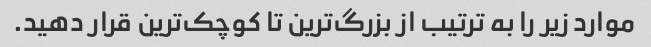
موارد زیر را به ترتیب از بزرگ‌ترین تا کوچک‌ترین قرار دهید.